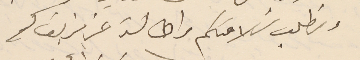
ونطلب سَلامتكم واطالة عزيز بقاكم